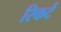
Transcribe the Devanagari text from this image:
रिकर्ट